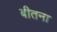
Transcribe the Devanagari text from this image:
बीतना